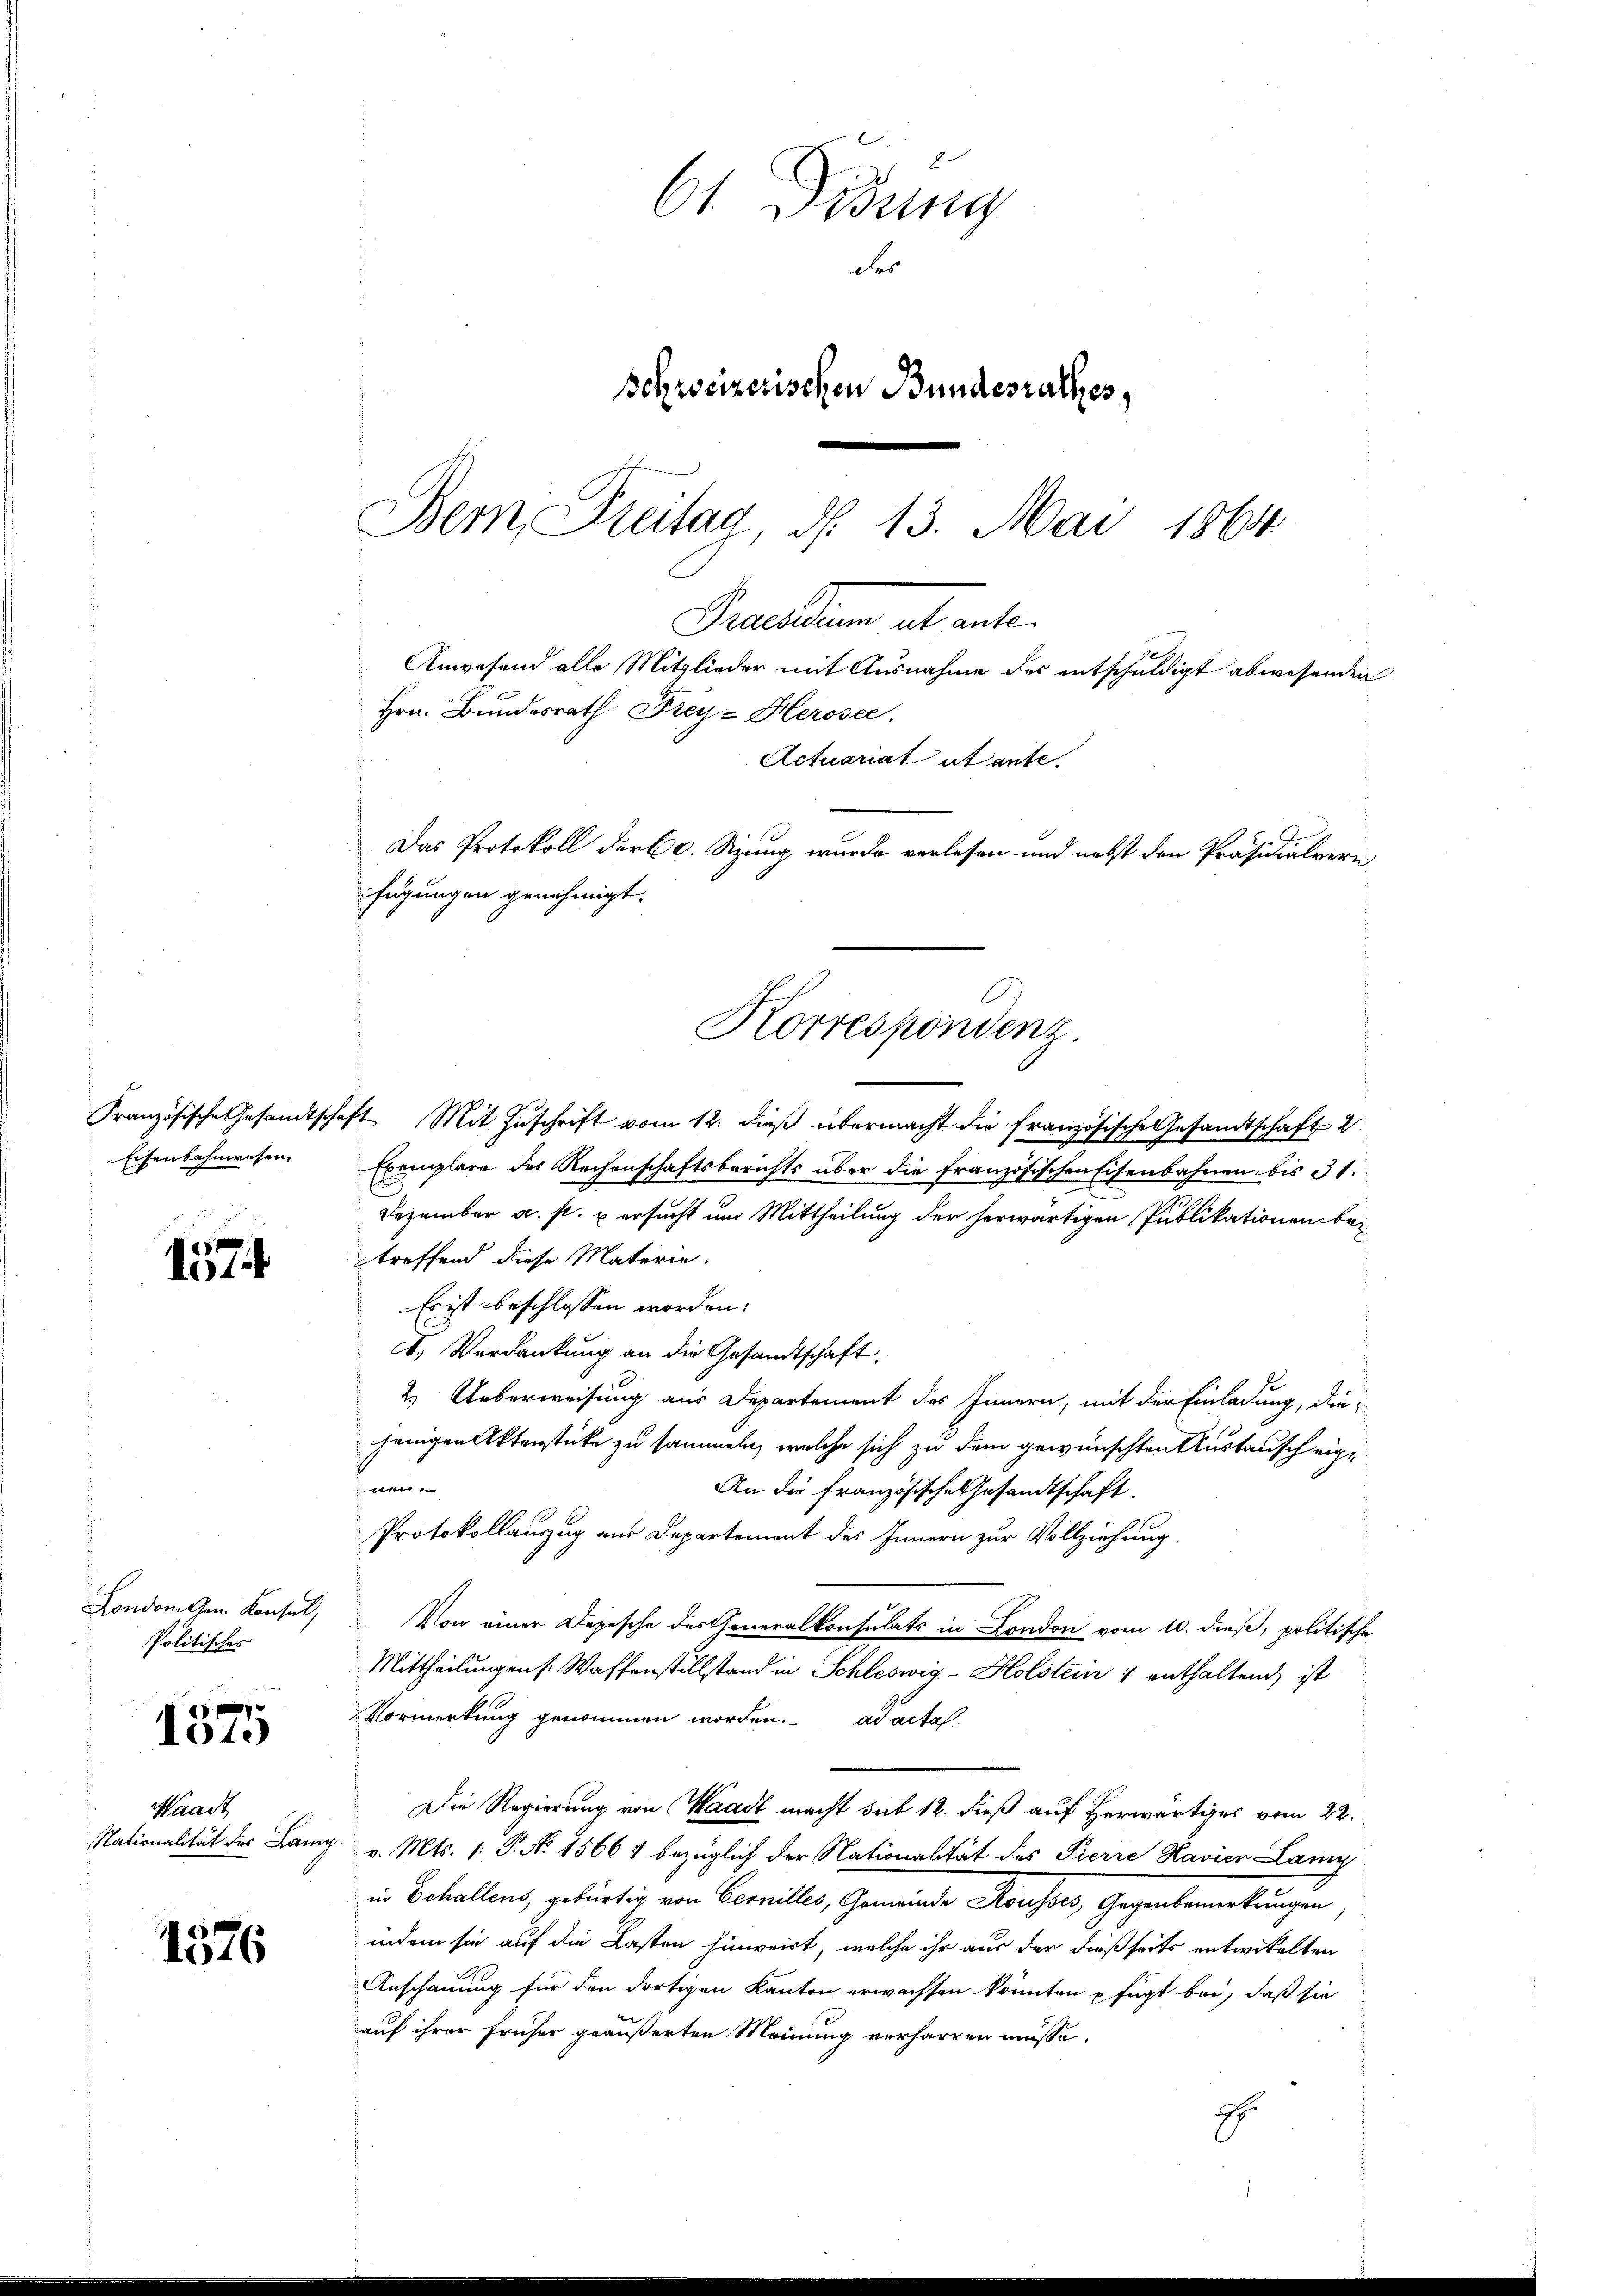
Eisenbahnwesen.

157

London Gen. Konsul,
Politischer

s
1010

Waadt
Nationalität des Lamp

1576

61 Didung
des
Schweizerischen Bundesrathes,
Bem Freitag, d. 13. Mai 1864

Hrn. Bundesrath Frey- Herosec.
Actuariat et ante.
Das Protokoll darbe. Sizung wurde verlesen und nebst den Präsidialvern
fügungen genehmigt.
Korrespondenz.

Fraenden ab unter
Anwesend alle Mitglieder mit Ausnahme des entschuldigt abwesenden

Französische Gesandtschaft Mit Zuschrift vom 12. dieß übermacht die französische Gesandtschaft 2
Exemplare des Rechenschaftsberichts über die französischen Eisenbahnen bis 31.
Dezember a. s. u ersucht um Mittheilung der herwärtigen Publikationen betreffend diese Materie.
Erist beschlossen worden:
8. Verdankung an die Gesandtschaft.
2.) Ueberweisung aus Departement des Innern, mit der Einladung, diejenigen Aktenstücke zu sammeln, welche sich zu dem gewünschten Austausch eigee
An die französische Gesandtschaft.
Protokollanzug aus Departement des Innern zur Vollziehung.
Von einer Depesche des Generalkonsulats in London vom 10. dieß, politische
Mittheilungen s. Waffenstillstand in Schleswig-Holstein 1 enthaltend, ist
Vormerkung genommen worden. ad acta
Die Regierung von Waadt macht sub 12. dieß auf Herwärtiges vom 22.
7. v. Mts. 1. P. Nr. 15664 bezüglich der Nationalität des Pierre Havier Lamy
i Echallen, gewärtig von Leilles, Gemeinde Kaiser, Gegenwartungen
indem sie auf die Lasten hinweist, welche ihr aus der dießseits entwickelten
Anschauung für den dortigen Kanton erwachsen könnten fügt bei, daß sie
auf ihrer früher geäußerten Meinung verharren müsse.
E